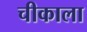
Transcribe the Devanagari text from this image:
चीकाला